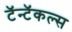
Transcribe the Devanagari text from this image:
टॅन्टॅकल्स